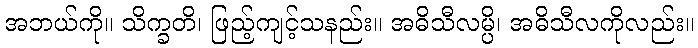
အဘယ်ကို။ သိက္ခတိ၊ ဖြည့်ကျင့်သနည်း။ အဓိသီလမ္ပိ၊ အဓိသီလကိုလည်း။